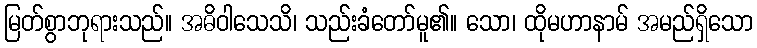
မြတ်စွာဘုရားသည်။ အဓိဝါသေသိ၊ သည်းခံတော်မူ၏။ သော၊ ထိုမဟာနာမ် အမည်ရှိသော